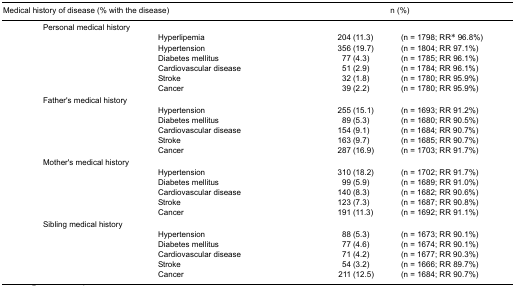
| <COLSPAN=2> Medical history of disease (% with the disease) | <COLSPAN=2> n (%) |
 | --- | --- | --- | --- |
 | Personal medical history | <COLSPAN=3>  |
 |  | Hyperlipemia | 204 (11.3) | (n = 1798; RR* 96.8%) |
 |  | Hypertension | 356 (19.7) | (n = 1804; RR 97.1%) |
 |  | Diabetes mellitus | 77 (4.3) | (n = 1785; RR 96.1%) |
 |  | Cardiovascular disease | 51 (2.9) | (n = 1784; RR 96.1%) |
 |  | Stroke | 32 (1.8) | (n = 1780; RR 95.9%) |
 |  | Cancer | 39 (2.2) | (n = 1780; RR 95.9%) |
 | Father’s medical history | <COLSPAN=3>  |
 |  | Hypertension | 255 (15.1) | (n = 1693; RR 91.2%) |
 |  | Diabetes mellitus | 89 (5.3) | (n = 1680; RR 90.5%) |
 |  | Cardiovascular disease | 154 (9.1) | (n = 1684; RR 90.7%) |
 |  | Stroke | 163 (9.7) | (n = 1685; RR 90.7%) |
 |  | Cancer | 287 (16.9) | (n = 1703; RR 91.7%) |
 | Mother’s medical history | <COLSPAN=3>  |
 |  | Hypertension | 310 (18.2) | (n = 1702; RR 91.7%) |
 |  | Diabetes mellitus | 99 (5.9) | (n = 1689; RR 91.0%) |
 |  | Cardiovascular disease | 140 (8.3) | (n = 1682; RR 90.6%) |
 |  | Stroke | 123 (7.3) | (n = 1687; RR 90.8%) |
 |  | Cancer | 191 (11.3) | (n = 1692; RR 91.1%) |
 | Sibling medical history | <COLSPAN=3>  |
 |  | Hypertension | 88 (5.3) | (n = 1673; RR 90.1%) |
 |  | Diabetes mellitus | 77 (4.6) | (n = 1674; RR 90.1%) |
 |  | Cardiovascular disease | 71 (4.2) | (n = 1677; RR 90.3%) |
 |  | Stroke | 54 (3.2) | (n = 1666; RR 89.7%) |
 |  | Cancer | 211 (12.5) | (n = 1684; RR 90.7%) |